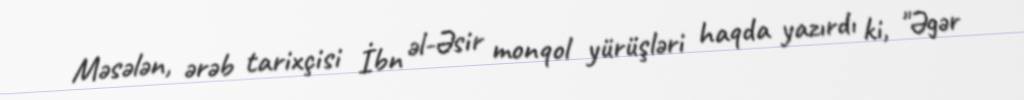
Məsələn, ərəb tarixçisi İbn əl-Əsir monqol yürüşləri haqda yazırdı ki, "Əgər